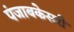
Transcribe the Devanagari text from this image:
पंजाबकेसरी